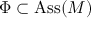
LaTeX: \Phi \subset \operatorname { A s s } ( M )